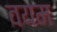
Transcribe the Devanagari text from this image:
वयम